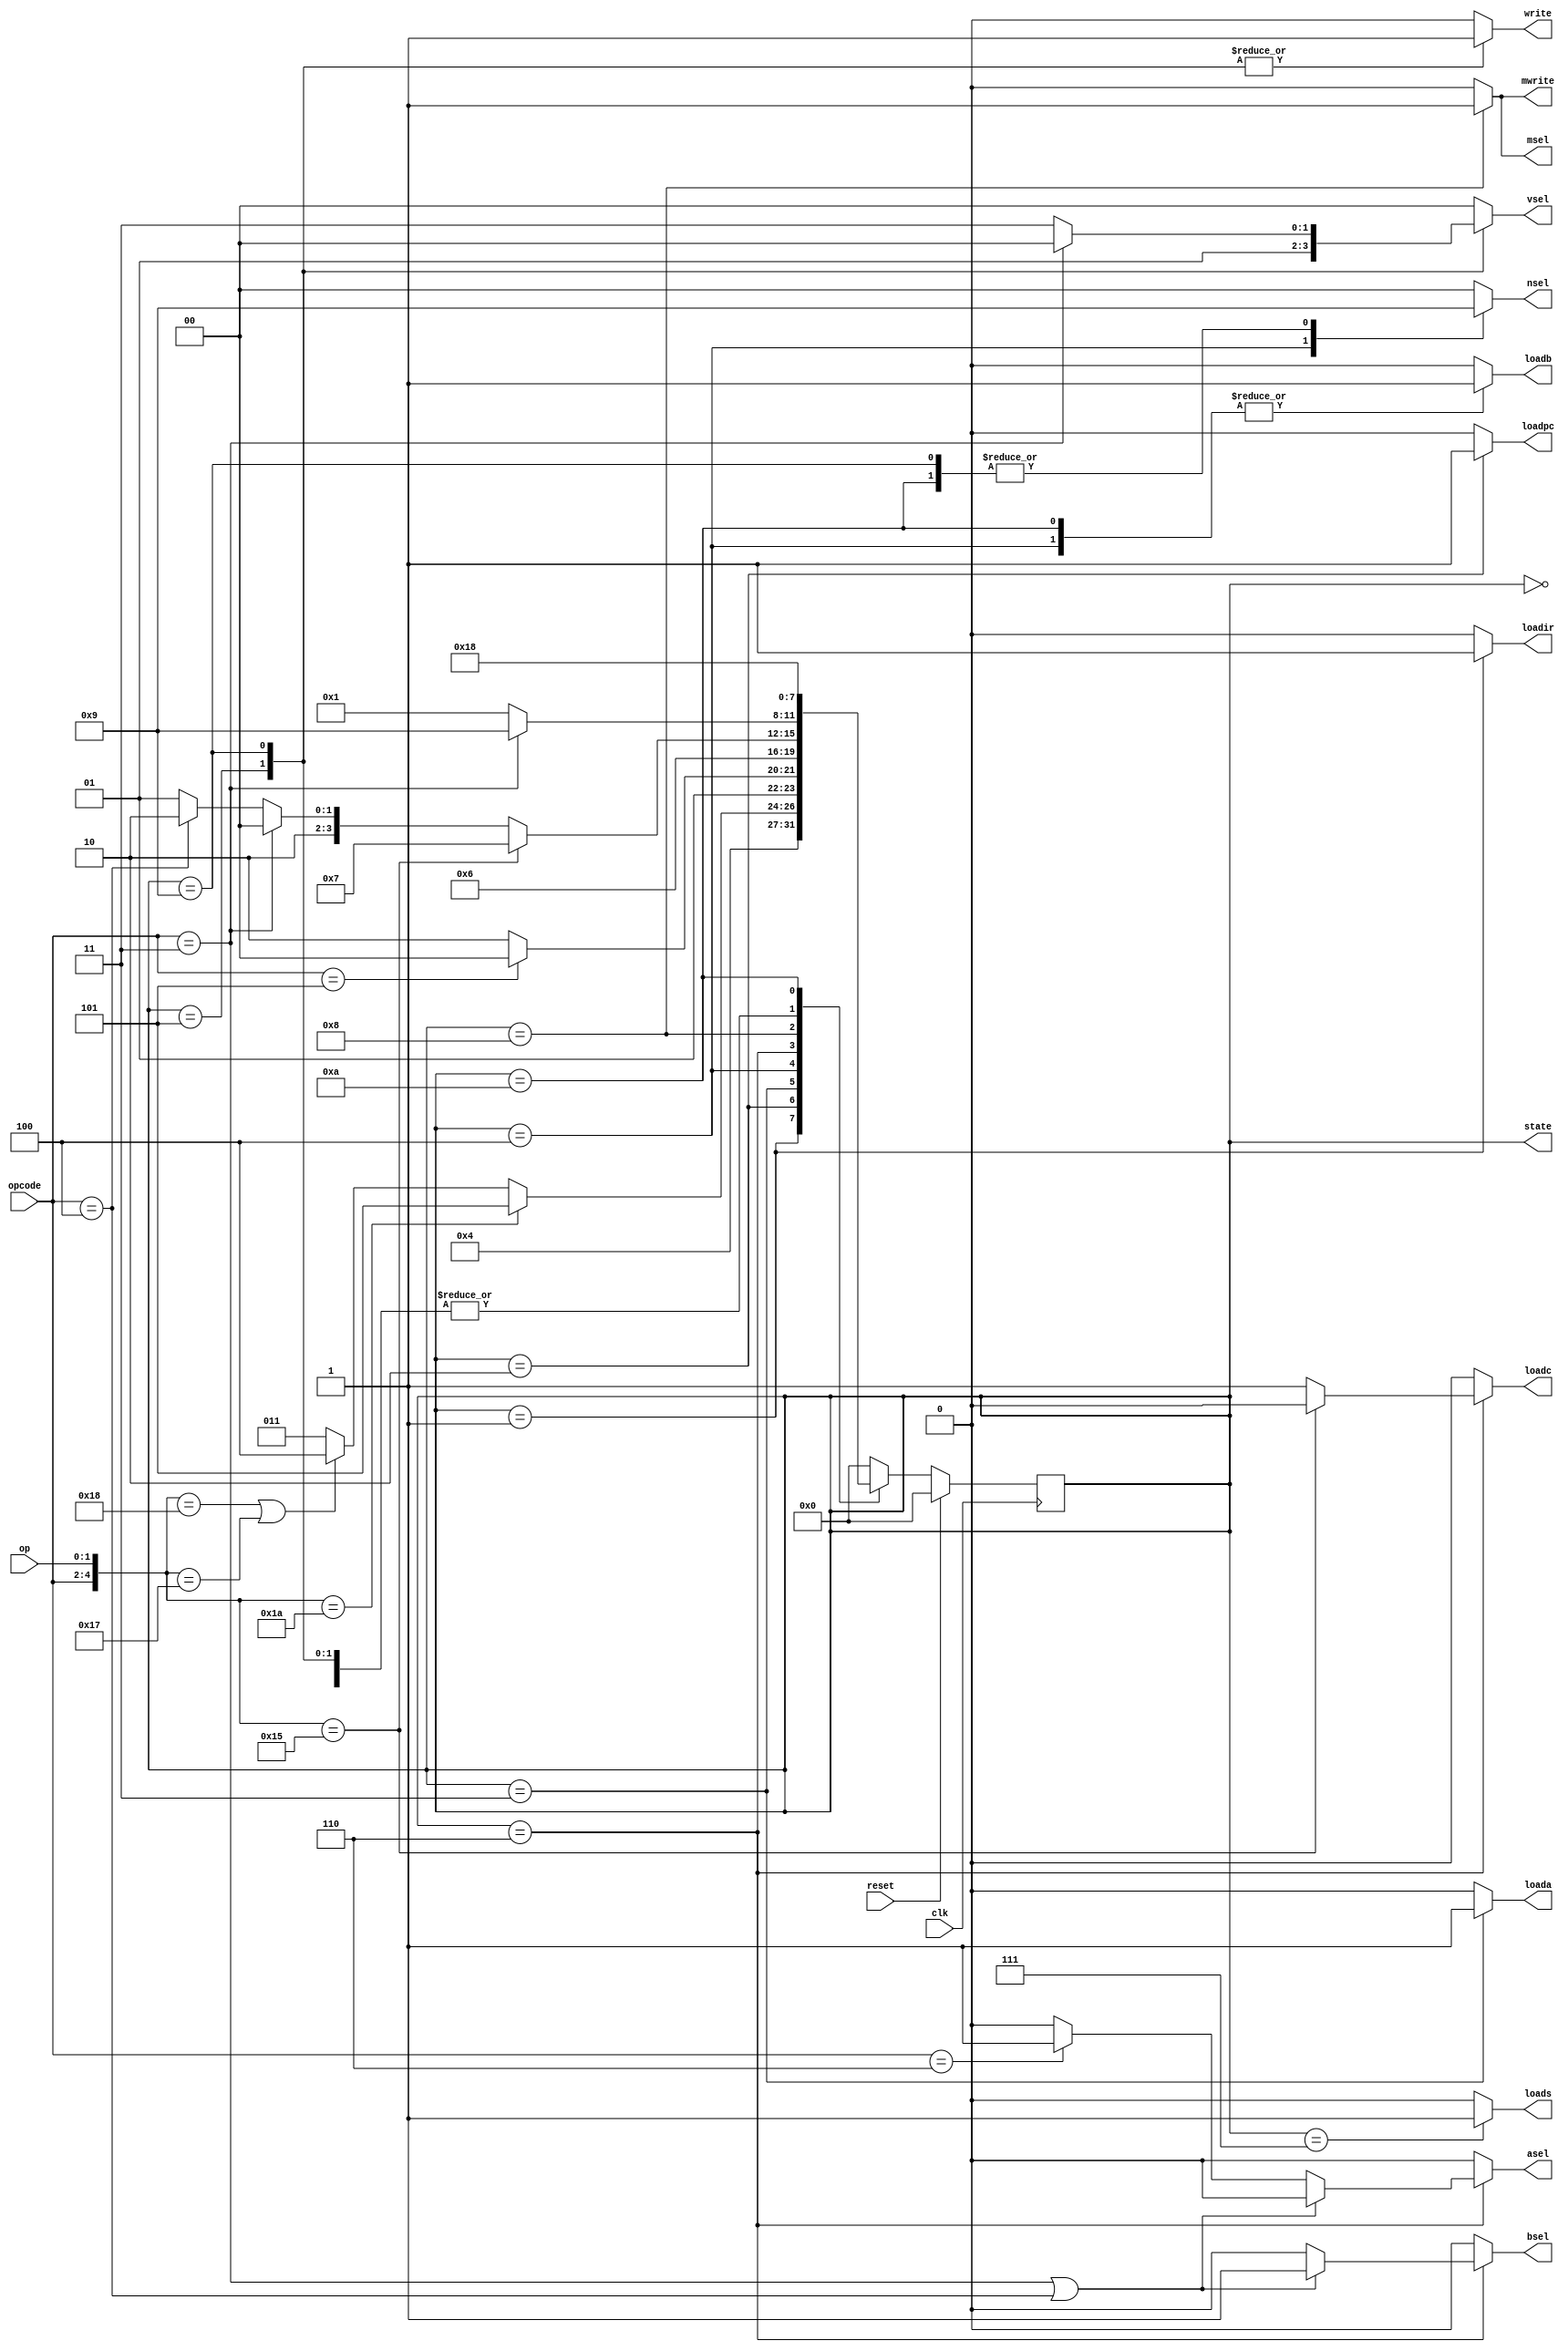
// datapath controller
module cpu(
  // data input
  opcode, op,

  // logic input
  reset, clk,

  // output
  loadir, loadpc, msel, mwrite, nsel,

  // TBD output
  vsel, write, asel, bsel, loada, loadb, loadc, loads,


  // for debugging
  state
  );

  input [2:0] opcode;
  input [1:0] op;
  input reset, clk;

  output reg [1:0] nsel;
  output reg loadir, loadpc, msel, mwrite;

  output reg [1:0] vsel;
  output reg write, asel, bsel, loada, loadb, loadc, loads;

  reg [3:0] next_state = 0;
  output [3:0] state;

  // using register for states
  // vDFF #(4) RS(clk, next_state, state);
  assign state = next_state;

  // state definitions
  `define REST 4'd0
  `define LDIR 4'd1
  `define LDPC 4'd2
  `define RDRN 4'd3
  `define RDRM 4'd4
  `define WRRN 4'd5
  `define CALC 4'd6
  `define STAT 4'd7
  `define WMEM 4'd8
  `define WRRD 4'd9
  `define RDRD 4'd10

  always @(posedge clk) begin
    // reset if key0 is pressed
    if (reset) next_state = `REST;
    else begin
      case (state)
        // [0] reset state, pc = 0
        `REST: next_state = `LDIR;

        // [1] load IR
        `LDIR: next_state = `LDPC;

        // [2] loadpc
        `LDPC: begin
          if ({opcode, op} == 5'b110_10)
            next_state = `WRRN; // to state 5 (write rn)
          else if (({opcode, op} == 5'b110_00) || ({opcode, op} == 5'b101_11))
            next_state = `RDRM; // to state 4 (read rm)
          else
            next_state = `RDRN; // to state 3 (read rn)
          end

        // [3] read rn
        `RDRN: begin
          if (opcode == 3'b101)
            next_state = `RDRM; // to state 4 (read rm)
          else
            next_state = `CALC; // to state 6 (ALU)
          end

        // [4] read rm
        `RDRM: begin
          next_state = `CALC;
          end

        // [5] write rn
        `WRRN: begin
          next_state = `LDIR;
          end

        // [6] ALU
        `CALC: begin
          if ({opcode, op} == 5'b101_01) // CMP
            next_state = `STAT; // to state 7 (status register)
          else if (opcode == 3'b011) begin // LDR
            next_state = `WMEM; // to state 8 (write to memory)
            end
          else if (opcode == 3'b100) begin // STR
            next_state = `RDRD; // to state 10 (read rd)
            end
          else if (opcode == 3'b110) begin // MOV2
            next_state = `WRRD;
            end
          else // ADD AND MVN
            next_state = `WRRD;
          end

        // [7] Status Reg
        `STAT: begin
          next_state = `LDIR;
          end

        // [8] Memory
        `WMEM: begin
          if (opcode == 3'b011) // LDR
            next_state = `WRRD;
          else  // STR
            next_state = `LDIR;
          end

        // [9] Write to Rd
        `WRRD: begin
          next_state = `LDIR;
          end

        // [10] read rd
        `RDRD: begin
          next_state = `WMEM;
        end
        default: next_state = `REST;
      endcase
    end
  end

  always @(*) begin
    // set everything to 0 first
    {loadir, loadpc, msel, mwrite, nsel} = 7'b0;
    {vsel, write, asel, bsel, loada, loadb, loadc, loads} = 9'b0;

    // case for assigning outputs depending on the state
    case (state)
      `LDIR: loadir = 1;
      `LDPC: loadpc = 1;
      `RDRN: begin
        nsel  = 2'b00;
        loada = 1;
        end
      `RDRM: begin
        nsel  = 2'b10;
        loadb = 1;
        end
      `WRRN: begin
        nsel  = 2'b00;
        vsel  = 2'b01;
        write = 1;
        end
      `CALC: begin
        loadc = ({opcode, op} == 5'b10101) ? 0 : 1;
        if (opcode == 3'b011 || opcode == 3'b100) // LDR STR
          bsel = 1;
        else if (opcode == 3'b110)
          asel = 1;
        end
      `STAT: loads = 1;
      `WMEM: begin
        msel   = 1;
        mwrite = 1;
        end
      `WRRD: begin
        nsel  = 2'b01;
        write = 1;
        if (opcode == 3'b011) // LDR
          vsel = 2'b00;
        else // ADD AND CMP MOV2
          vsel = 2'b11;
        end
      `RDRD: begin
        nsel  = 2'b01;
        loadb = 1;
        end
      default: begin
        // set everything to 0 first
        {loadir, loadpc, msel, mwrite, nsel} = 7'b0;
        {vsel, write, asel, bsel, loada, loadb, loadc, loads} = 9'b0;
        end
    endcase
  end
endmodule